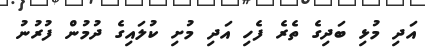
އަދި މުޅި ބަދިގެ ތެރެ ފެހި އަދި މުށި ކުލައިގެ ދުމުން ފުރުނު